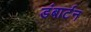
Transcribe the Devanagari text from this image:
डंबार्टन